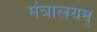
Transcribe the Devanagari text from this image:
मंत्रालयम्